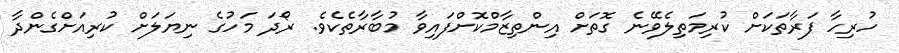
ހުރިހާ ފަރާތަކަށް ކުރިމަތިލެވޭނެ ގޮތަށް އިންތިޒާމްކޮށްފައިވާ މުބާރާތެކެވެ. ރޯދަ މަހުގެ ނިޔަލަށް ކުރިއަށްގެންދާ